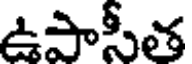
ఉపాసీత